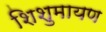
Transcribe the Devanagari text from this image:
शिशुमायण